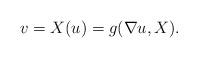
LaTeX: \begin{align*} v = X(u) = g(\nabla u, X). \end{align*}